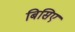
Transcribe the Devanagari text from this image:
बिसिए